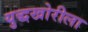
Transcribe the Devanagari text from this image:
युद्धखोरीला